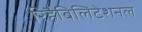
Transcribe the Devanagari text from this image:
रिहैबिलिटेशनल